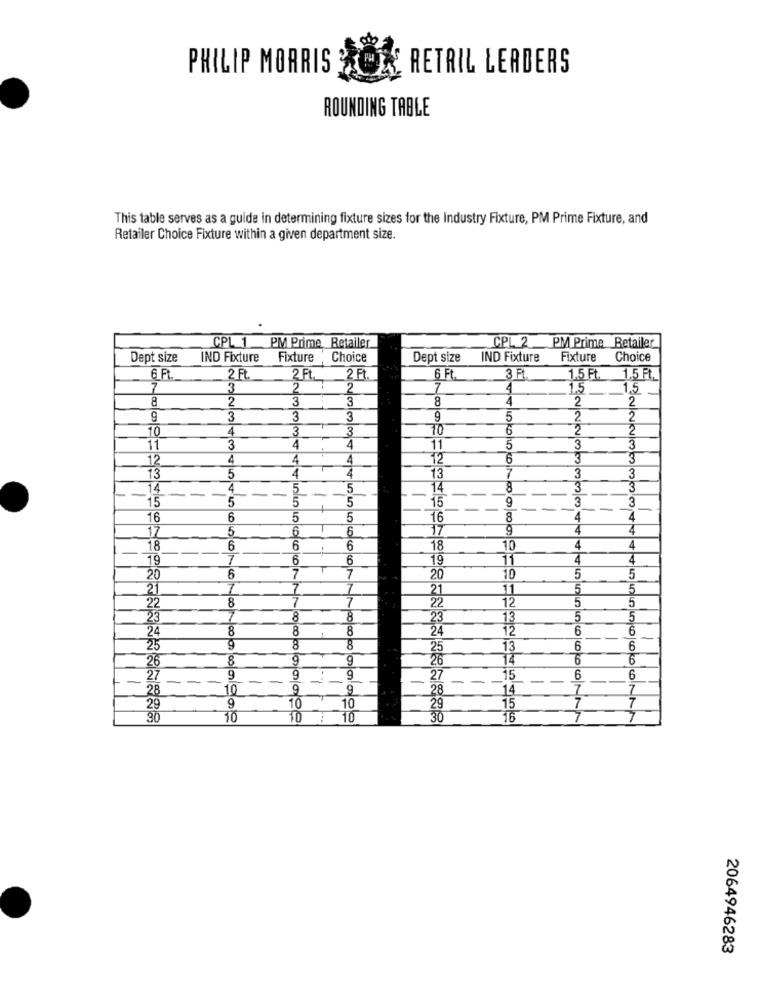
PHILIP MORRIS
RETAIL LERDERS
ROUNDING TABLE
This table serves as a guide in determining fixture sizes for the Industry Fixture, PM Prime Fixture, and
Retailer Choice Fixture within a given department size.
CPL 2
CPL 1 PM Prime Retailer
PM Prime Retailer
Dept size
IND Fixture
Fixture Choice
Dept size
IND Fixture
Fixture
Choice
6.F.
2 Ft.
2Ft
2 Ft
6 Ft.
3 F
1.5 Ft.
1.5 Ft.
7
3
2
2
7
4
1,5
1,5
8
2
3
3
8
4
2
2
9
3
3
3
9
5
2
2
10
4
3
3
10
6
2
11
3
4
4
11
5
3
3
12
4
4
4
12
6
3
3
4
7
13
5
4
13
3
3
-
14
-
4
-
5
--
5
14
8
3
3
15
5
5
5
15
3
3
9 .
--
16
6
5
5
16
8
4
4
17
5
6
6
17
9
4
18
6
6
6
18
10
4
4
19
7
6
6
19
11
4
7
7
20
20
10
5
5
21
7
7
7
21
11
.5
5
8
7
12
5
5
22
22
23
8
23
13
5
5
24
8
8
8
24
12
6
6
25
9
8
8
25
13
6
6
26
8
9
9
26
14
6
6
- -
27
9
-
9
9
27
15
6
6
28
10
9
9
28
14
7
7
10
7
29
10
29
15
7
90
10
10
30
16
7
7
2064946283